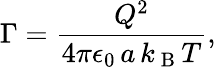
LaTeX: \Gamma=\frac{Q^{2}}{4\pi\epsilon_{0}\, a\, k_{\mathrm{~B~}}T},